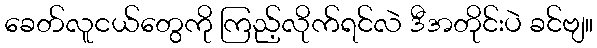
ခေတ်လူငယ်တွေကို ကြည့်လိုက်ရင်လဲ ဒီအတိုင်းပဲ ခင်ဗျ။